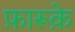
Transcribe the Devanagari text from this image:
फ़ारूक़े